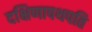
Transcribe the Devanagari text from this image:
दक्षिणापथपति